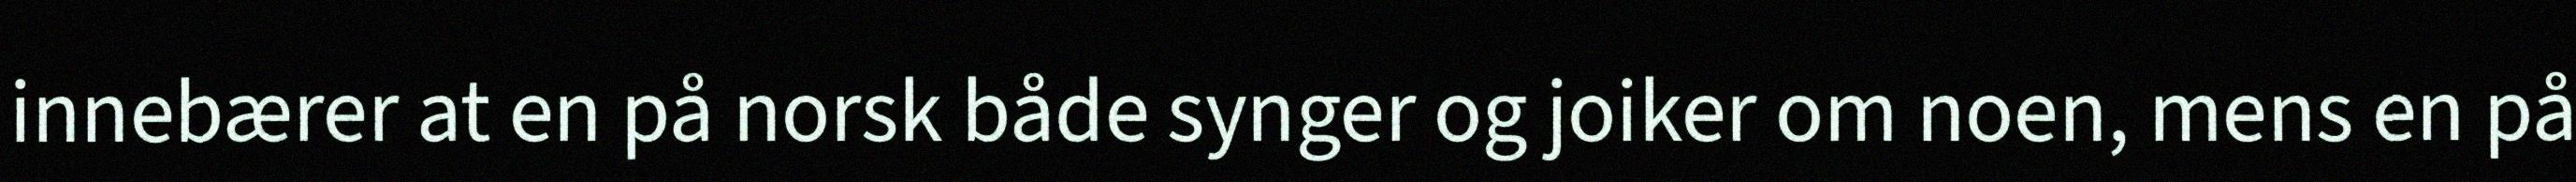
innebærer at en på norsk både synger og joiker om noen, mens en på